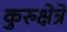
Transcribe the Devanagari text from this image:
कुरुक्षेत्रे